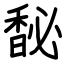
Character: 馝